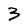
Character: 3